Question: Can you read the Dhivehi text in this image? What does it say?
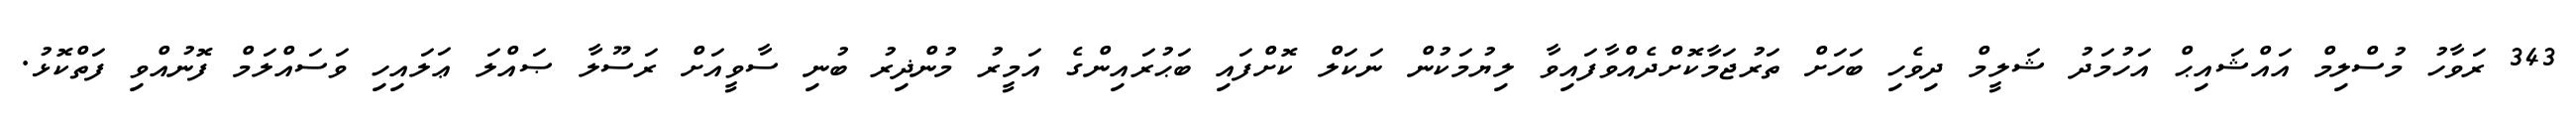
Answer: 343 ރަވާހު މުސްލިމް އައްޝައިޙް އަހުމަދު ޝަލީމް ދިވެހި ބަހަށް ތަރުޖަމާކޮށްދެއްވާފައިވާ ލިޔުމަކުން ނަކަލް ކޮށްފައި ބަޙުރައިންގެ އަމީރު މުންޛިރު ބުނި ސާވީއަށް ރަސޫލާ ޞައްލަ ޢަލައިހި ވަސައްލަމް ފޮނުއްވި ފަތްކޮޅު.